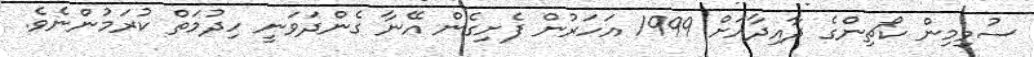
ސުވިމިން ކޯޗިންގެ ދާއިދާއަށް 1999 އަހަރުން ފެށިގެން އޭނާ ގެންދަވަނީ ހިދުމަތް ކުރަމުންނެވެ.